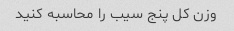
وزن کل پنج سیب را محاسبه کنید